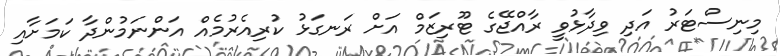
މިނިސްޓަރު އަދި ވިދާޅުވީ ރާއްޖޭގެ ޓޫރިޒަމް އަށް ރަނގަޅު ކުރިއެރުމެއް އަންނަމުންދާ ކަމަށާއި